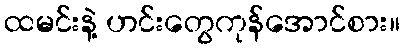
ထမင်းနဲ့ ဟင်းတွေကုန်အောင်စား။